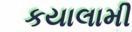
કયાલામી